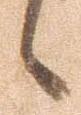
候